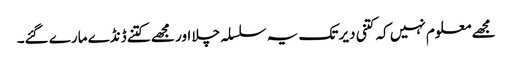
مجھے معلوم نہیں کہ کتنی دیر تک یہ سلسلہ چلا اور مجھے کتنے ڈنڈے مارے گئے۔